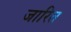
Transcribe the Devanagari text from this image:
जारित